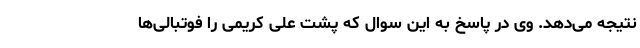
نتیجه می‌دهد. وی در پاسخ به این سوال که پشت علی کریمی را فوتبالی‌ها